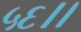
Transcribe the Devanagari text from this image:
५६।।